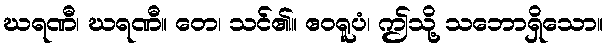
ဃရဏီ၊ ဃရဏီ။ တေ၊ သင်၏။ ဧဝရူပံ၊ ဤသို့ သဘောရှိသော။